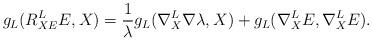
LaTeX: \begin{align*} g_L(R^L_{XE}E,X)=\frac{1}{\lambda}g_L(\nabla_X^L\nabla\lambda,X)+g_L(\nabla^L_X E,\nabla^L_X E).\end{align*}